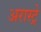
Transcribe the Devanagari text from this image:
अरास्ट्रे